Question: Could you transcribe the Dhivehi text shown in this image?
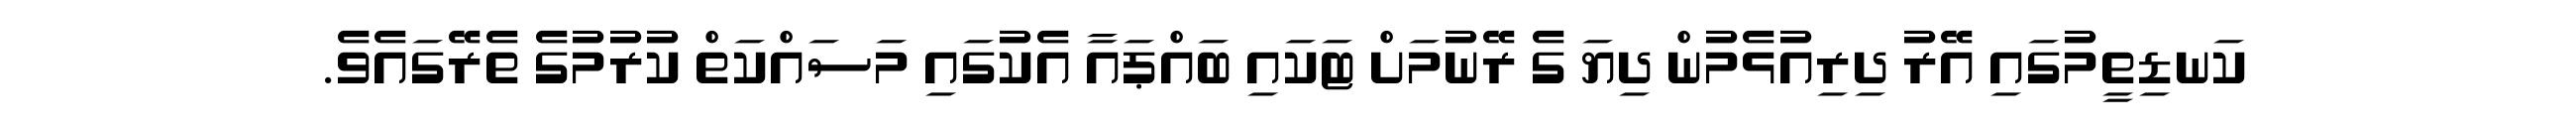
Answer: ކަނޑިތީމުގައި އޭރު ދިރިއުޅެމުން ދިޔަ ގެ ރޭނުމަށް ޓަކައި ބައްޕައާ އެކުގައި މަސައްކަތް ކުރުމުގެ ތެރޭގައެވެ.